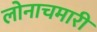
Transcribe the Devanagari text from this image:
लोनाचमारी